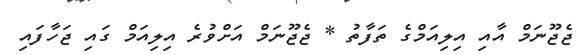
ޖެޖޫނަމް އާއި އިލިއަމްގެ ތަފާތު * ޖެޖޫނަމް އަށްވުރެ އިލިއަމް ގައި ޖަހާފައި